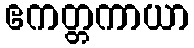
ဧကတ္တကာယာ